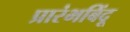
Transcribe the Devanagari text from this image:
प्रारंभबिंदू